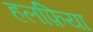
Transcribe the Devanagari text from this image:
हलफ़िया